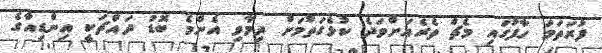
ފުރަތަމަ ހާފުގައި މެޗް ތެރެއަށްވަދެ ކުޅެގަތުމަށް ދިމާވި އެންމެ ބޮޑު ދައްޗަކީ އިންޑިއާގެ